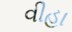
વીહા